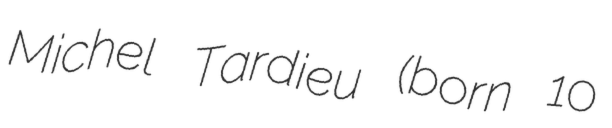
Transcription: Michel Tardieu (born 10